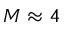
M \approx 4